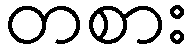
တစား